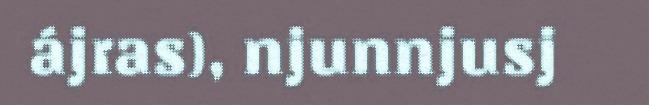
ájras), njunnjusj